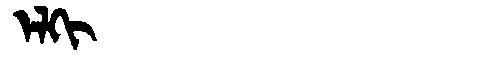
Manchu: ᡝᠯᡴᡳ
Romanization: ELKI